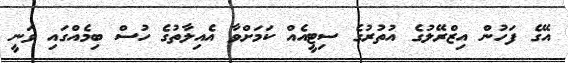
އޭގެ ފަހުން އިޒްރޭލުގެ އުތުރުގެ ސިޓީއެއް ކަމަށްވާ އެއިލާތުގެ ހުސް ބިމެއްގައި ވަނީ